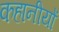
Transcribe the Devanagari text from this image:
कहानीयों